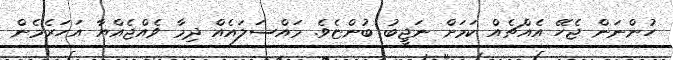
ހުންނަން ޖެހޭ އެއްޗެއް ކަމަށް ނަޖީބު ބުންޏެވެ. މައްސަލައެއް ދިމާ ވެއްޖެއްޔާ އަހަރެމެން